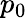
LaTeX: p_{\mathrm{0}}